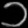
Digit: ၁